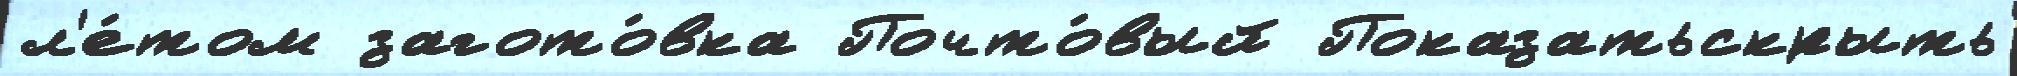
л'е́том загото́вка Почто́вый Показатьскрыть